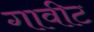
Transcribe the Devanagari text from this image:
गावीट